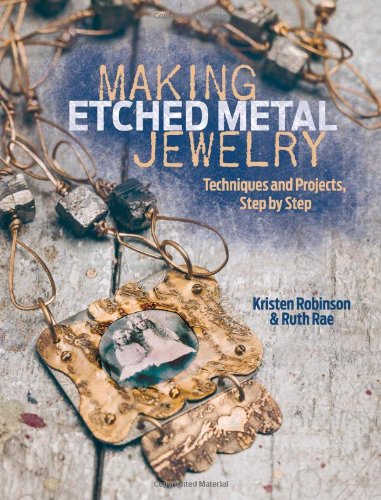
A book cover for Making Etched Metal Jewelry: Techniques and Projects, Step by Step; Kristen Robinson; Crafts, Hobbies & Home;